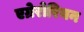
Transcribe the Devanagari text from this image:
एग्रेरोरियन